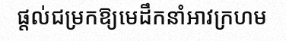
ផ្តល់ជម្រកឱ្យមេដឹកនាំអាវក្រហម